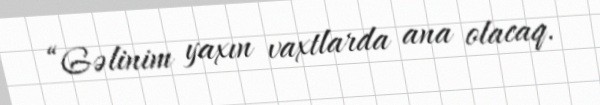
“Gəlinim yaxın vaxtlarda ana olacaq.